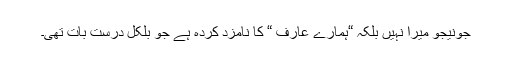
جونیجو میرا نہیں بلکہ “ہمارے عارف “ کا نامزد کردہ ہے جو بلکل درست بات تھی۔